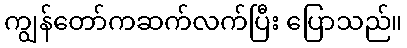
ကျွန်တော်ကဆက်လက်ပြီး ပြောသည်။